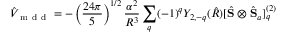
\hat { V } _ { \mathrm { ~ m ~ d ~ d ~ } } = - \left( \frac { 2 4 \pi } { 5 } \right) ^ { 1 / 2 } \frac { \alpha ^ { 2 } } { R ^ { 3 } } \sum _ { q } ( - 1 ) ^ { q } Y _ { 2 , - q } ( \hat { R } ) [ \hat { \mathbf { S } } \otimes \hat { \mathbf { S } } _ { a } ] _ { q } ^ { ( 2 ) }